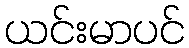
ယင်းမာပင်